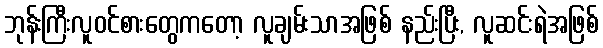
ဘုန်းကြီးလူဝင်စားတွေကတော့ လူချမ်းသာအဖြစ် နည်းပြီး, လူဆင်းရဲအဖြစ်